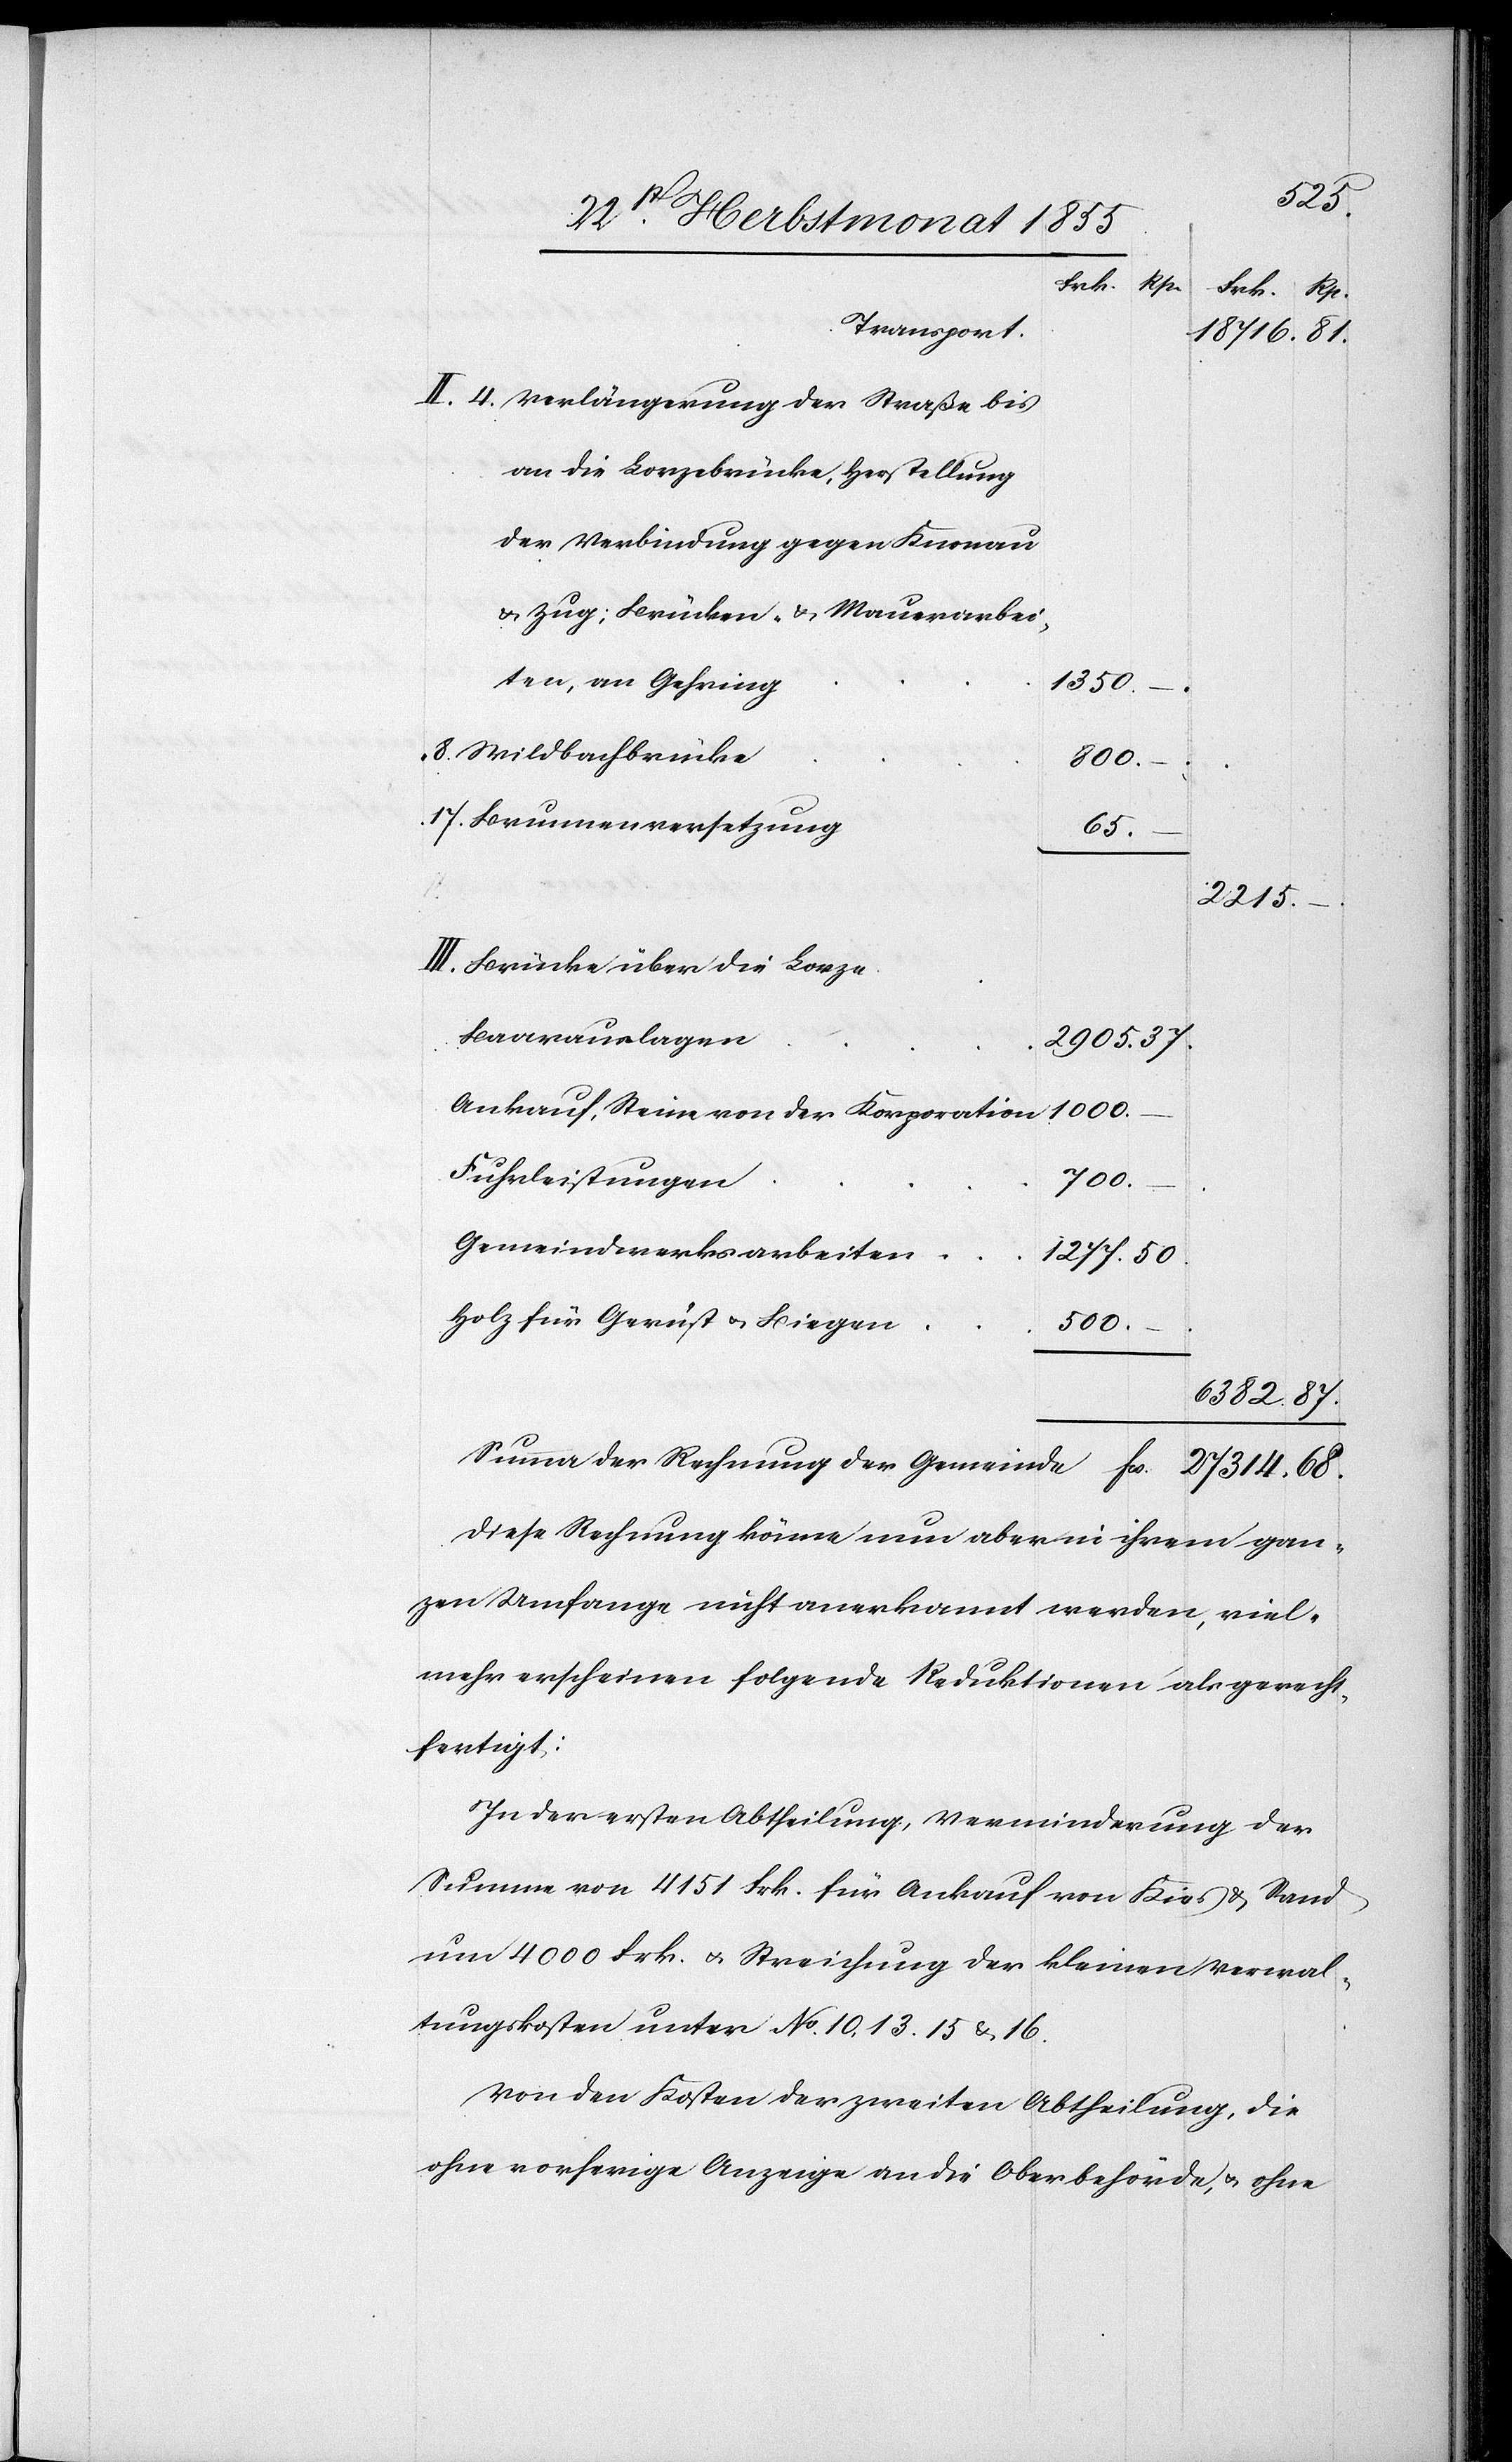
1277.
17.
an die Lorzebrücke, Herstellung
der Verbindung gegen Knonau
& Zug; Brücken- & Mauerarbei¬
ten, an Gehring
1350.
–
Wildbachbrücke
800.
Brunnenversetzung
68.
Fcs.
27 314.
Brücke über die Lorze
Baarauslagen
Ankauf, Steine von der Korporation
1000.
Fuhrleistungen
50.
Gemeindwerksarbeiten
Holz für Gerüst & Biegen
500.
Summa der Rechnung der Gemeinde
Diese Rechnung könne nun aber in ihrem gan¬
zen Umfange nicht anerkannt werden, viel¬
mehr erscheinen folgende Reduktionen als gerecht¬
fertigt:
In der ersten Abtheilung, Verminderung der
Summe von 4151 Frk. für Ankauf von Kies & Sand
um 4000 Frk. & Streichung der kleinen Verwal¬
tungskosten unter No. 10, 13. 15 & 16.
Von den Kosten der zweiten Abtheilung, die
ohne vorherige Anzeige an die Oberbehörde, & ohne